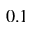
0 . 1